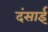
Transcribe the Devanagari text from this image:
दंसाई